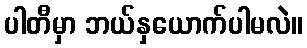
ပါတီမှာ ဘယ်နှယောက်ပါမလဲ။